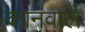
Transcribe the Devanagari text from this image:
कानवाले